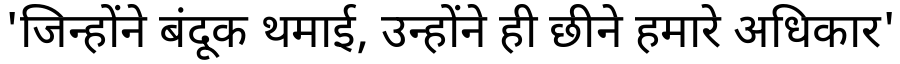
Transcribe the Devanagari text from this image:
'जिन्होंने बंदूक थमाई, उन्होंने ही छीने हमारे अधिकार'